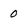
Character: 0